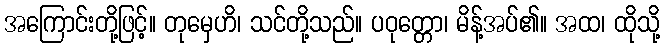
အကြောင်းတို့ဖြင့်။ တုမှေဟိ၊ သင်တို့သည်။ ပဝုတ္တော၊ မိန့်အပ်၏။ အထ၊ ထိုသို့